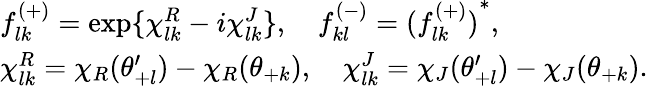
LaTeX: \begin{array}{l}{{f_{lk}^{(+)}=\exp\{ \chi_{lk}^{R}-i\chi_{lk}^{J}\} ,\quad f_{kl}^{(-)}={(f_{lk}^{(+)})}^{*},}}\\ {{\chi_{lk}^{R}=\chi_{R}(\theta_{+l}^{\prime})-\chi_{R}(\theta_{+k}),\quad\chi_{lk}^{J}=\chi_{J}(\theta_{+l}^{\prime})-\chi_{J}(\theta_{+k}).}}\end{array}